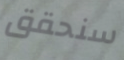
سنحقق